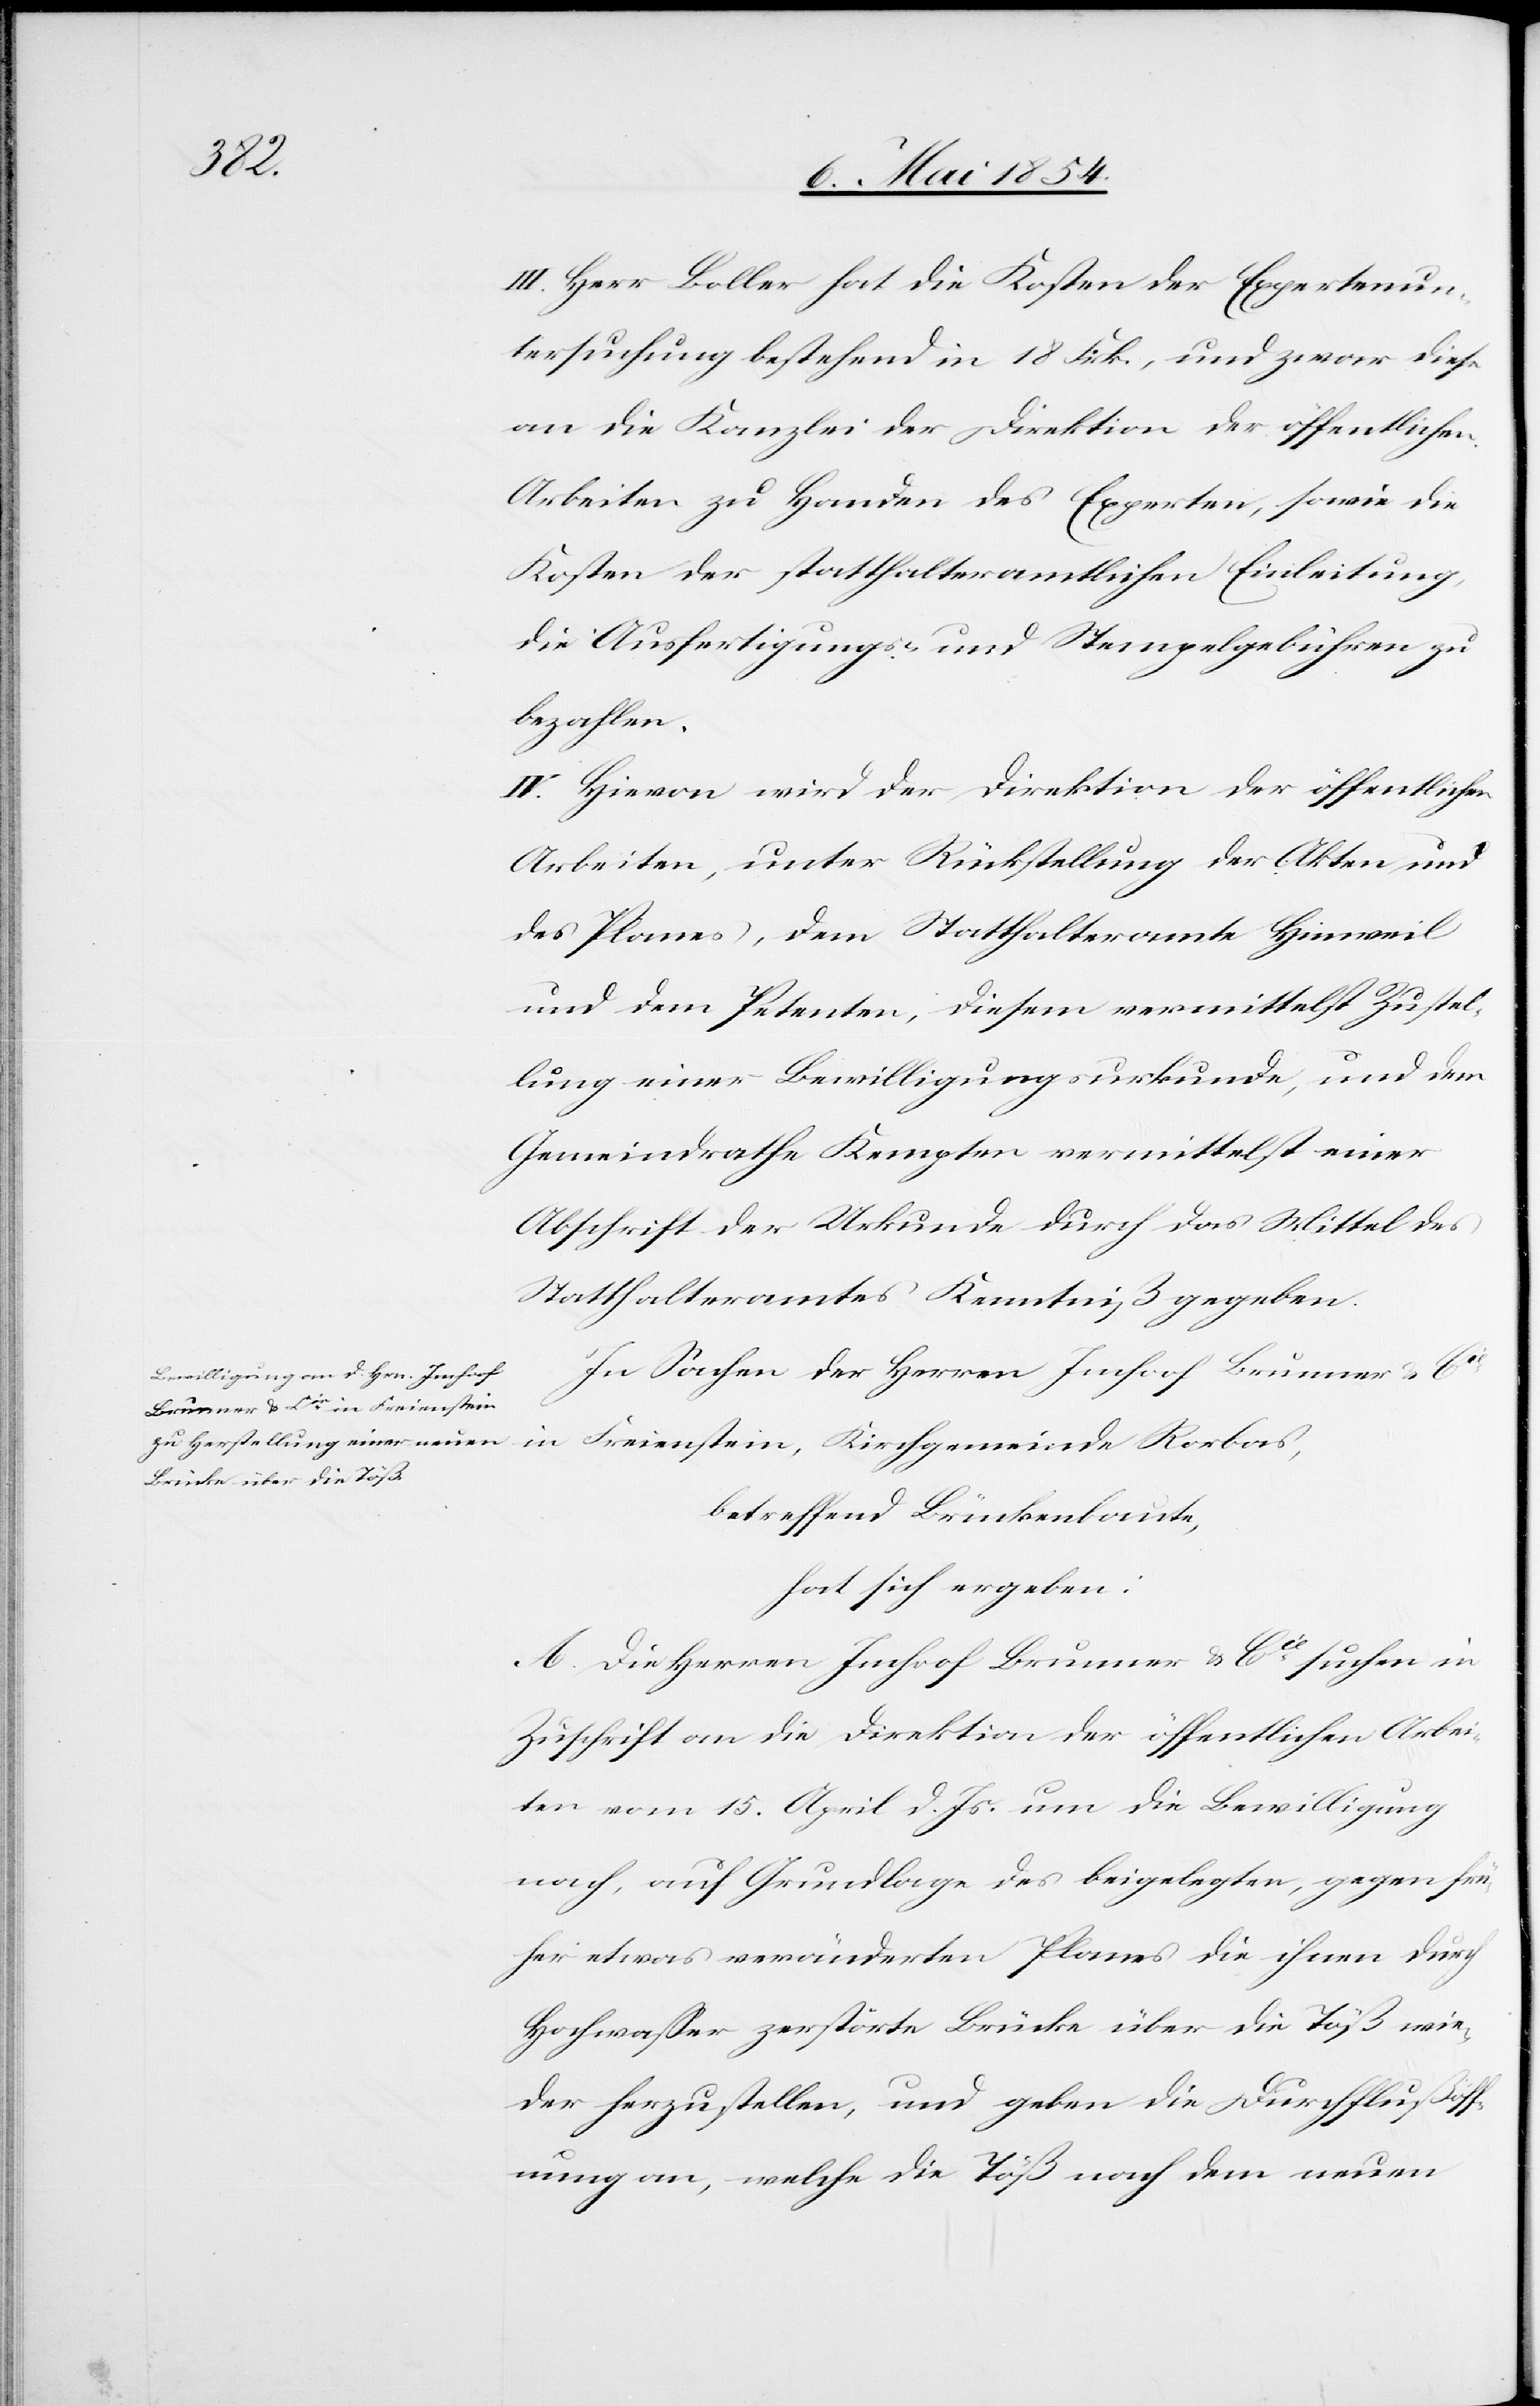
Rorbas,
III. Herr Boller hat die Kosten der Expertenun¬
tersuchung bestehend in 18 Frk., und zwar diese
an die Kanzlei der Direktion der öffentlichen
Arbeiten zu Handen des Experten, sowie die
Kosten der statthalteramtlichen Einleitung
die Ausfertigungs- und Stempelgebühren zu
bezahlen.
IV. Hievon wird der Direktion der öffentlichen
Arbeiten, unter Rückstellung der Akten und
des Planes, dem Statthalteramte Hinweil
und dem Petenten, diesem vermittelst Zustel¬
lung einer Bewilligungsurkunde, und dem
Gemeindrathe Kempten vermittelst einer
Abschrift der Urkunde durch das Mittel des
Statthalteramtes Kenntniß gegeben.
Brunner u. Cie in Freienstein,
betreffend Brückenbaute,
hat sich ergeben:
A. Die Herren Imhoof Brunner u. Cie suchen in
Zuschrift an die Direktion der öffentlichen Arbei¬
ten vom 15. April d. Js. um die Bewilligung
nach, auf Grundlage des beigelegten, gegen frü¬
her etwas veränderten Planes die ihnen durch
Hochwaßer zerstörte Brücke über die Töß wie¬
der herzustellen, und geben die Durchflußöff¬
nung an, welche die Töß nach dem neuen